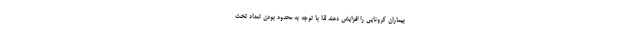
بیماران کرونایی را افزایش دهند لذا با توجه به محدود بودن تعداد تخت